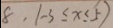
8 , ( - 3 \leq x \leq 5 )